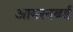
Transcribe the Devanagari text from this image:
आयरनबर्ड